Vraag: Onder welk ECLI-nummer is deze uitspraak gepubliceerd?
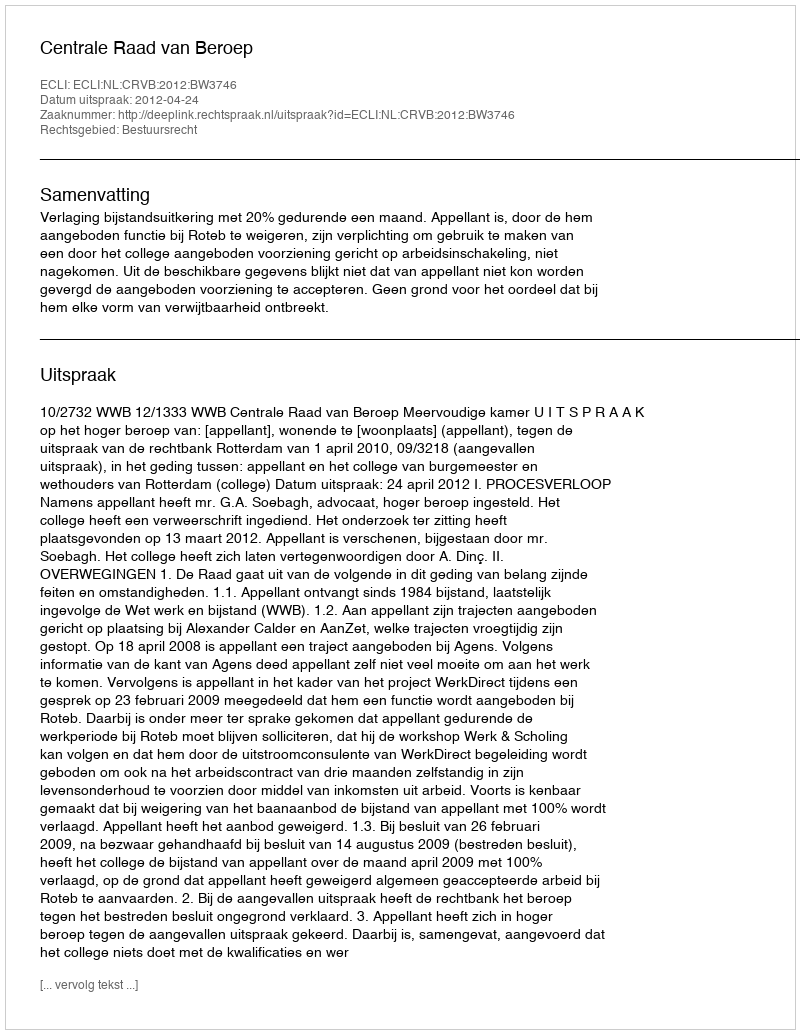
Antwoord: ECLI:NL:CRVB:2012:BW3746